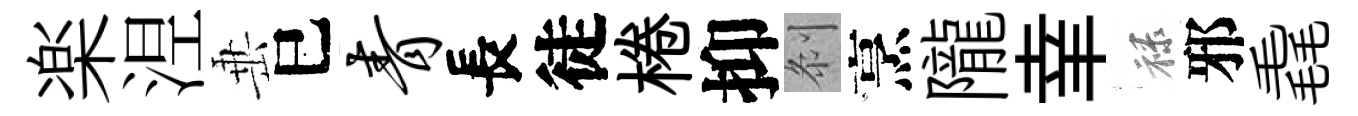
楽𣵀𡸁巳青長徒棬抑𠛴烹隴𦍒禄邪毳